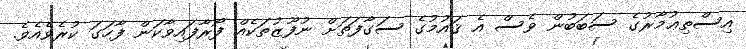
އިސްތިޢުމާރުގެ ސަބަބުން ވެސް އެ ޤައުމުގެ ސަގާފަތަށް ނުފޫޒުތަކެއް ފޯރާފައިވާކަން ފާހަގަ ކުރެވެއެވެ.